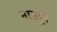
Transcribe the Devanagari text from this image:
माखून